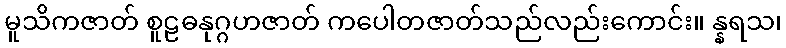
မူသိကဇာတ် စူဠဓနုဂ္ဂဟဇာတ် ကပေါတဇာတ်သည်လည်းကောင်း။ န္နရသ၊